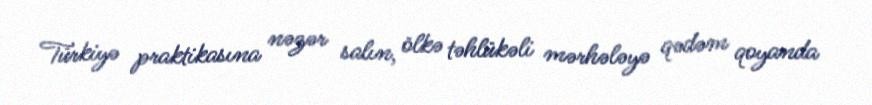
Türkiyə praktikasına nəzər salın, ölkə təhlükəli mərhələyə qədəm qoyanda